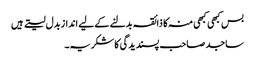
بس کبھی کبھی منہ کا ذائقہ بدلنے کے لیے انداز بدل لیتے ہیں
ساجد صاحب پسندیدگی کا شکریہ۔